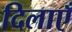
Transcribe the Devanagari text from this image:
दिलाएँ